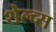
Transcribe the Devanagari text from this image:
शेल्व्स